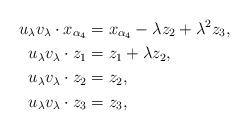
LaTeX: \begin{align*} u_\lambda v_\lambda\cdot x_{\alpha_4} &= x_{\alpha_4} - \lambda z_2 + \lambda^2z_3,\\ u_\lambda v_\lambda \cdot z_1 &= z_1+\lambda z_2,\\ u_\lambda v_\lambda \cdot z_2 &= z_2,\\ u_\lambda v_\lambda \cdot z_3 &= z_3, \end{align*}